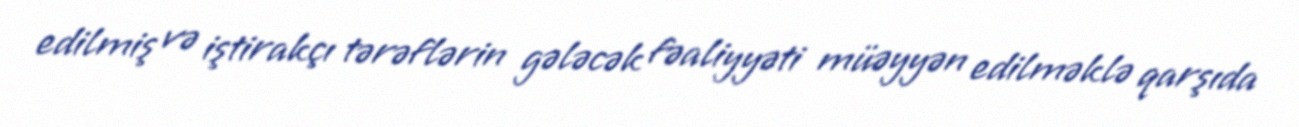
edilmiş və iştirakçı tərəflərin gələcək fəaliyyəti müəyyən edilməklə qarşıda